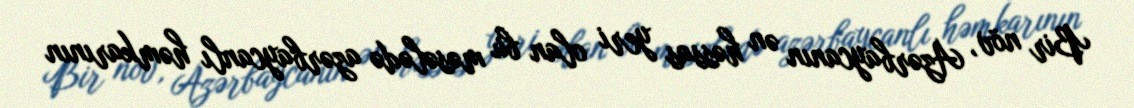
Bir növ, Azərbaycanın ən həssas yeri olan bu məsələdə azərbaycanlı həmkarının